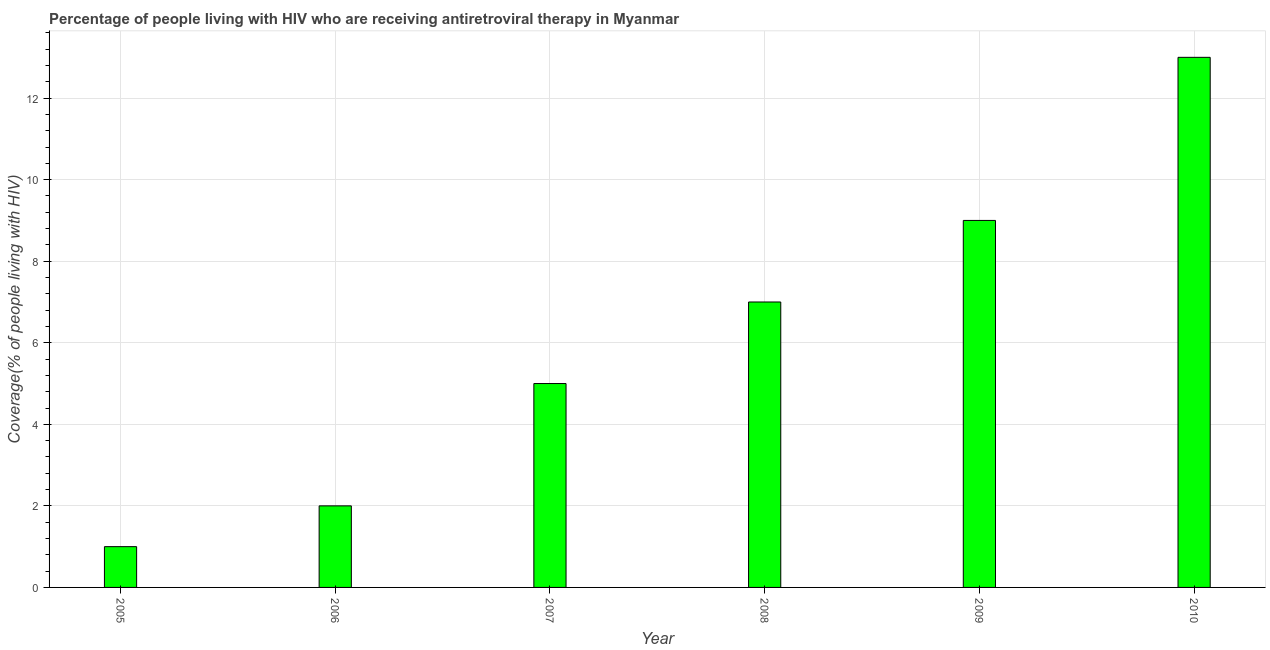
| Year | Antiretroviral therapy coverage |
 | --- | --- |
 | 2005 | 1 |
 | 2006 | 2 |
 | 2007 | 5 |
 | 2008 | 7 |
 | 2009 | 9 |
 | 2010 | 13 |